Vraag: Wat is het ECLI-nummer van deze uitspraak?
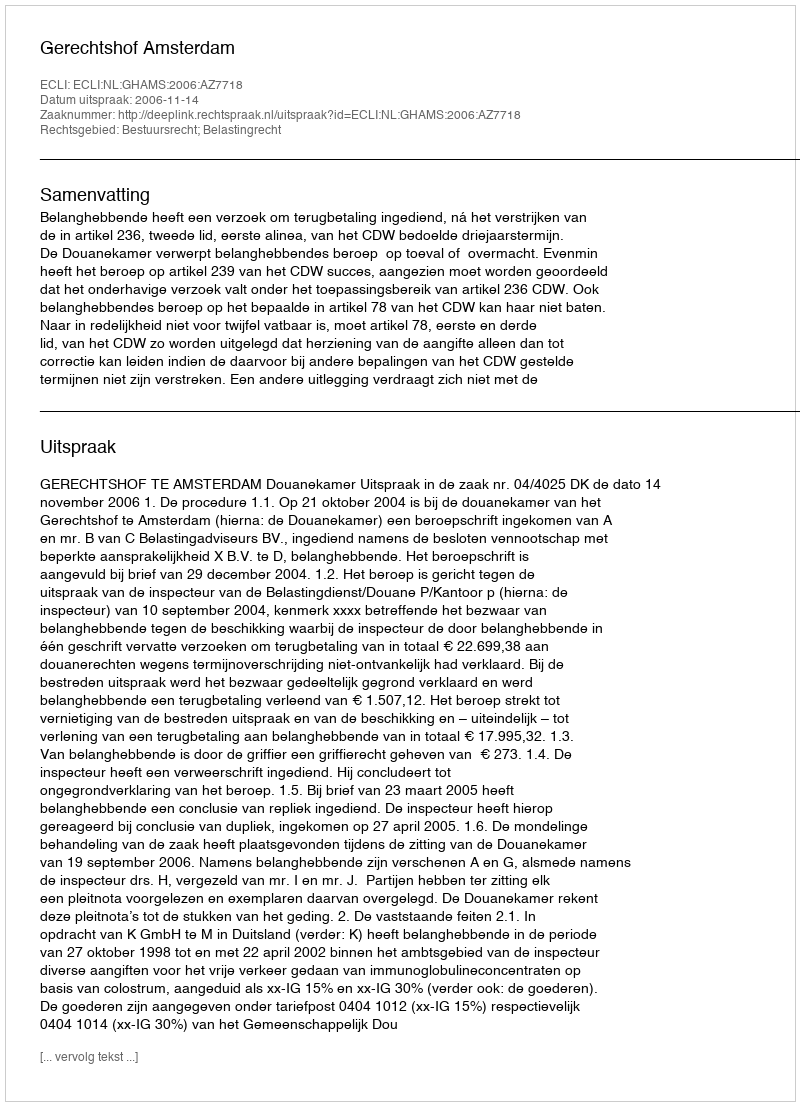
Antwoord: ECLI:NL:GHAMS:2006:AZ7718